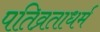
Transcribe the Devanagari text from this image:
पतिव्रताधर्म